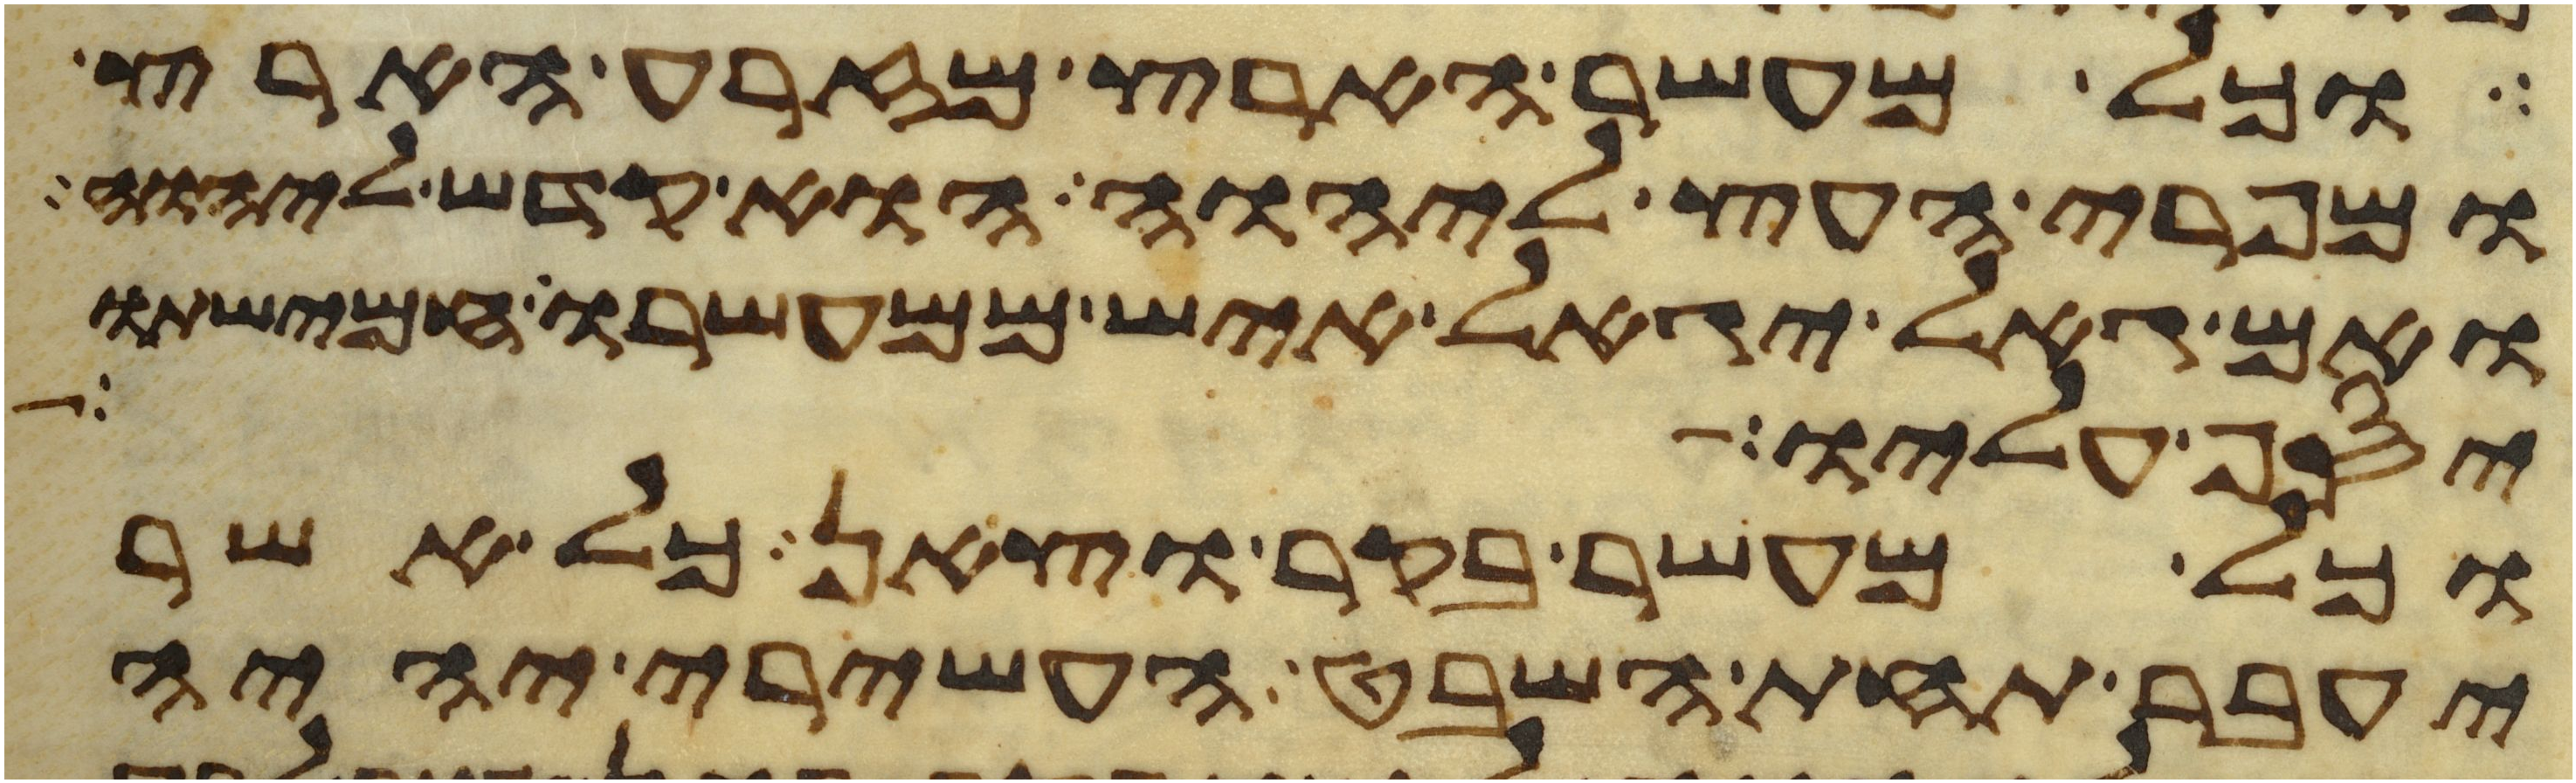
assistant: וכל מעשר הארץ מזרע הארץ
ומפרי העץ ליהוה הוא קדש ליהוה
ואם גאל יגאל איש ממעשרו חמישתו
יסף עליו
וכל מעשר בקר וצאן כל אשר
יעבר תחת השבט העשירי יהיה